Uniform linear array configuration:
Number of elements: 8
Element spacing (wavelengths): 0.5
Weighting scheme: exponential
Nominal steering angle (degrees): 45
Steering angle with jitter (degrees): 43.029
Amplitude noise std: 0.05
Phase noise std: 0.05

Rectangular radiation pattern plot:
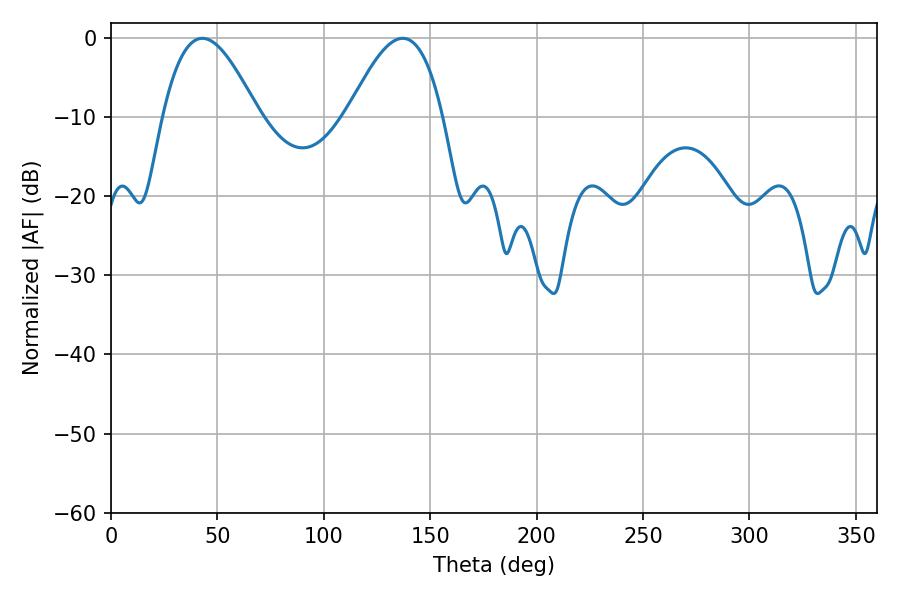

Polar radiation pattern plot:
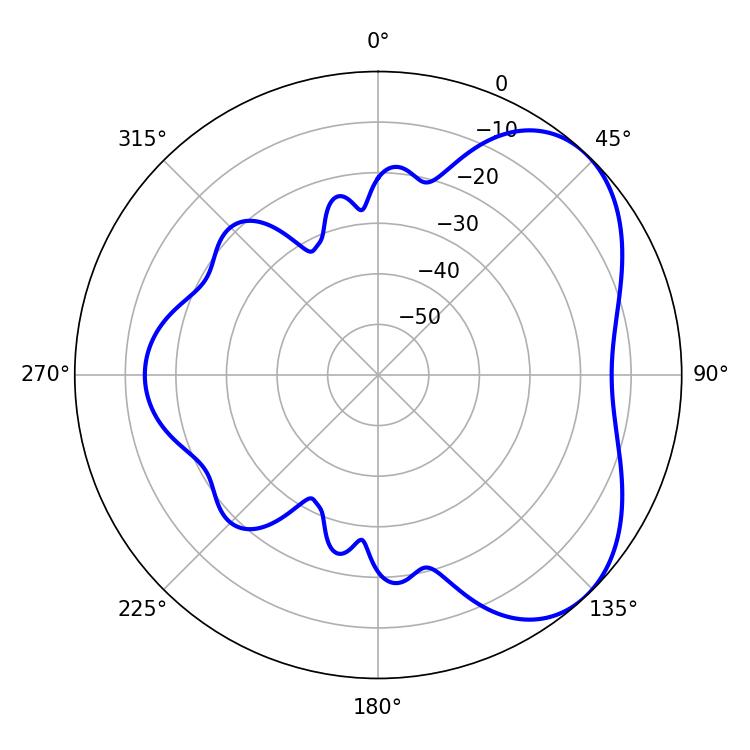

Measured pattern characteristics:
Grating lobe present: FALSE
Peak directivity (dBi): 4.926
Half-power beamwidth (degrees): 24.3
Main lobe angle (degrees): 42.84